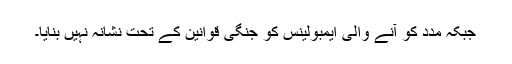
جبکہ مدد کو آنے والی ایمبولینس کو جنگی قوانین کے تحت نشانہ نہیں بنایا۔